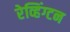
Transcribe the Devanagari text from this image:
रेव्हिंग्टन